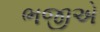
ભજીએ